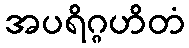
အပရိဂ္ဂဟိတံ